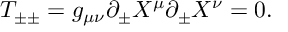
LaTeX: T _ { \pm \pm } = g _ { \mu \nu } \partial _ { \pm } X ^ { \mu } \partial _ { \pm } X ^ { \nu } = 0 .